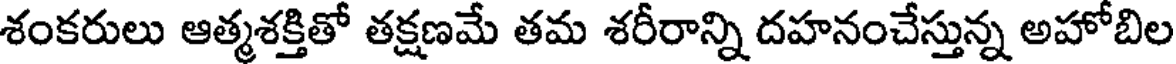
శంకరులు ఆత్మశక్తితో తక్షణమే తమ శరీరాన్ని దహనంచేస్తున్న అహోబిల